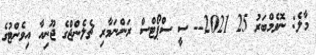
މާލެ: ނޮވެމްބަރު 25 2021-- ސީ ސްޕޯޓްސް ރަންނަމާރި ޗެލެންޖްގެ ޖޫނިއާ އިވެންޓުގެ